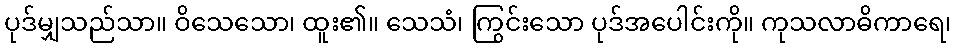
ပုဒ်မျှသည်သာ။ ဝိသေသော၊ ထူး၏။ သေသံ၊ ကြွင်းသော ပုဒ်အပေါင်းကို။ ကုသလာဓိကာရေ၊